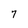
Character: 7